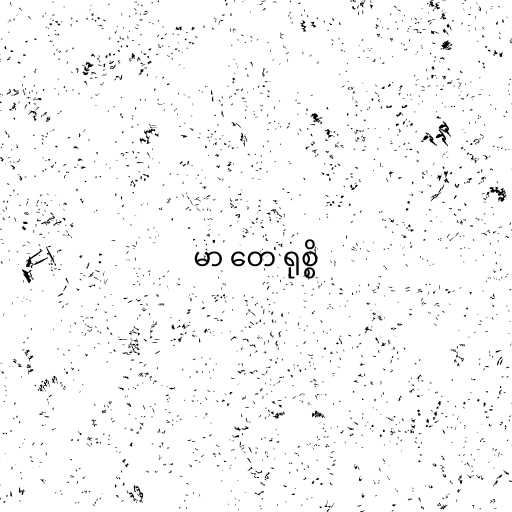
မာ တေ ရုစ္စိ